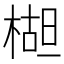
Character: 𬃱